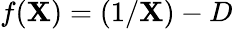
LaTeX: f(\mathbf{X})=(1/\mathbf{X})-D